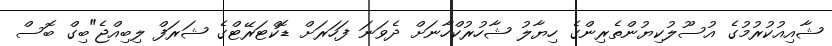
ޝާއިއުކުރުމުގެ އުސޫލުކިޔުންތެރިންގެ ހިޔާލު ޝާހުރުކްހާނަށް ދެވަނަ ފަހަރަށް ޑޮކްޓަރޭޓްގެ ޝަރަފް ލިބިއްޖެ"ބިގް ބޮސް